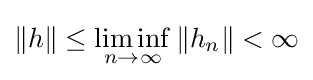
\|h\|\leq \liminf _{n\to \infty }\left\|h_{n}\right\|<\infty